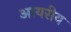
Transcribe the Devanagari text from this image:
आयरीय